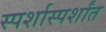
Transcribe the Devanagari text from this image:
स्पर्शास्पर्शांत